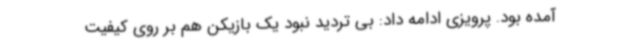
آمده بود. پرویزی ادامه داد: بی تردید نبود یک بازیکن هم بر روی کیفیت